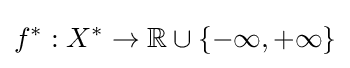
f^{*}:X^{*}\to \mathbb {R} \cup \{-\infty ,+\infty \}